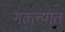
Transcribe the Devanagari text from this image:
गल्ल्यात